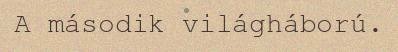
A második világháború.